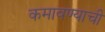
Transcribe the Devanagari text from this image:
कमावण्याची